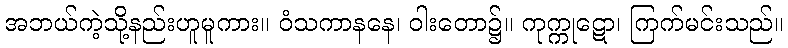
အဘယ်ကဲ့သို့နည်းဟူမူကား။ ဝံသကာနနေ၊ ဝါးတော၌။ ကုက္ကုဋော၊ ကြက်မင်းသည်။